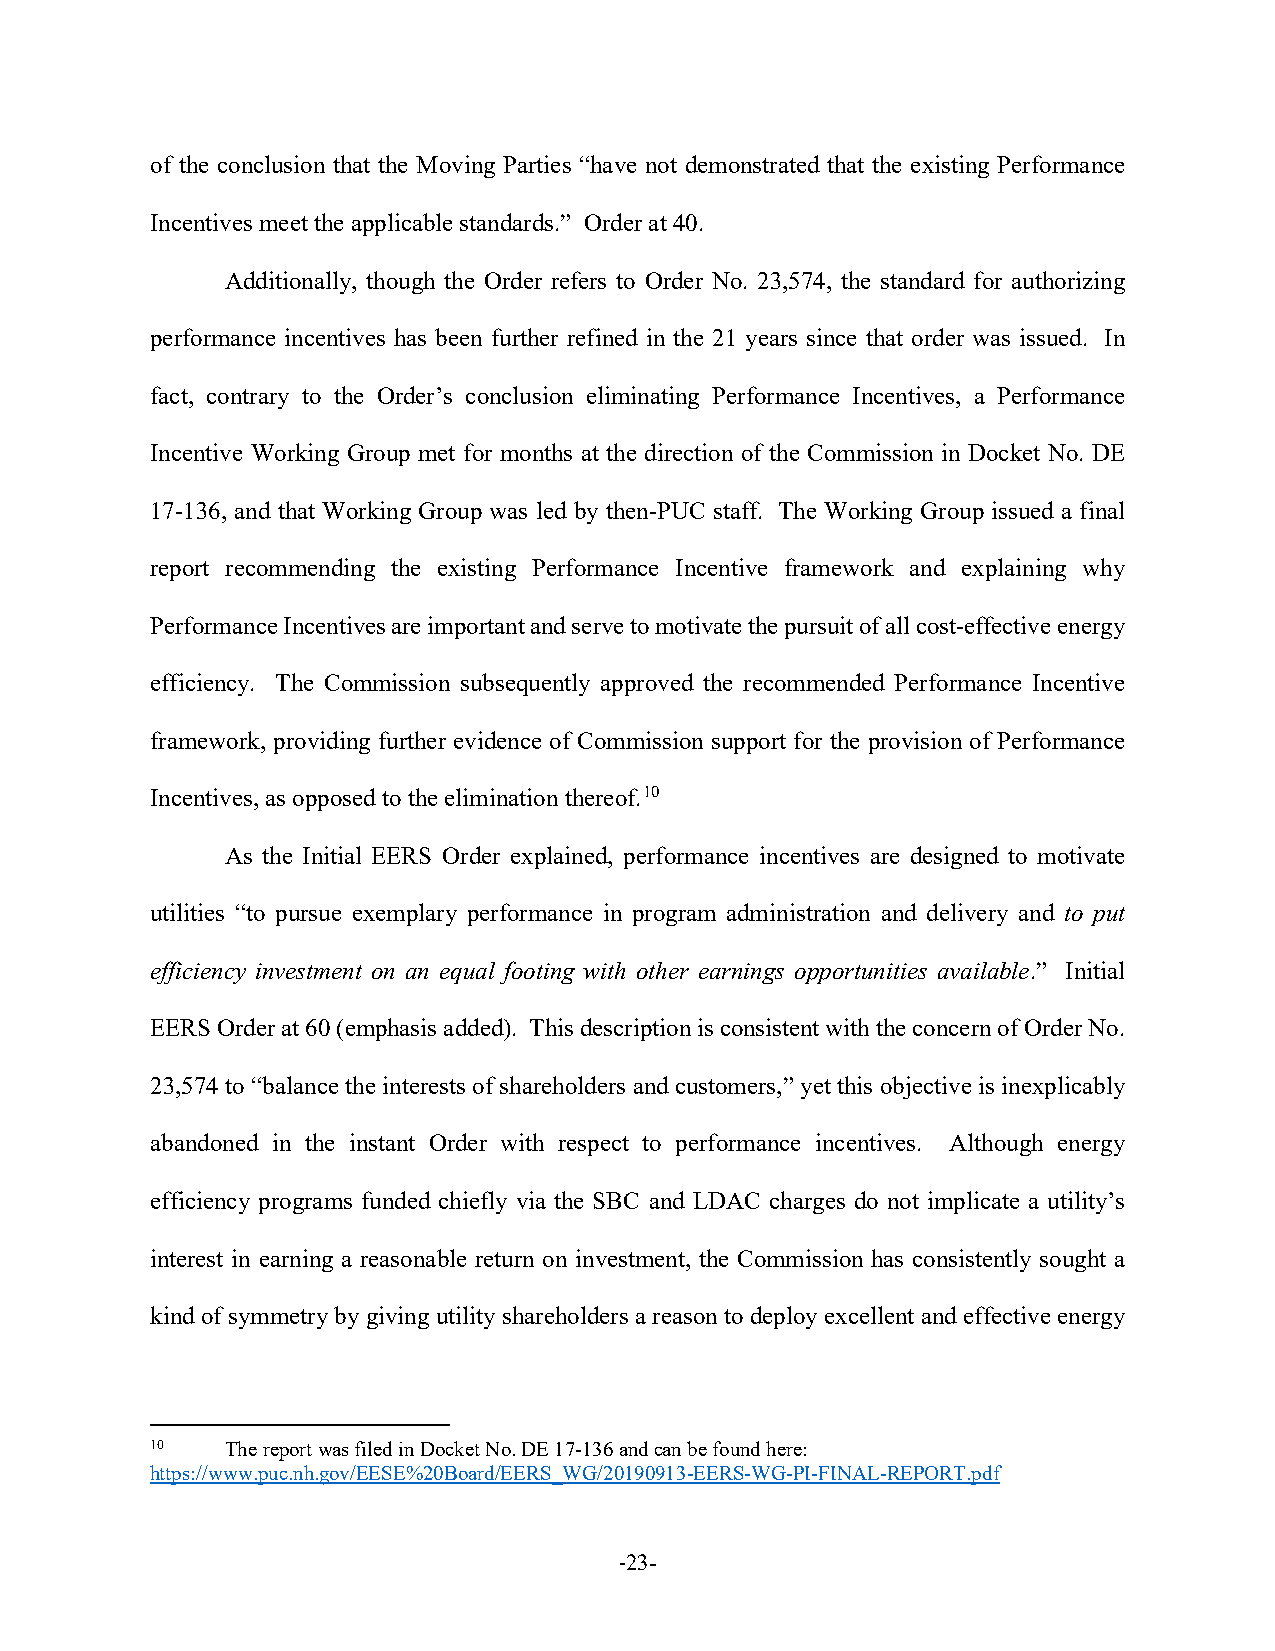
of the conclusion that the Moving Parties “have not demonstrated that the existing Performance
 Incentives meet the applicable standards.” Order at 40.
 Additionally, though the Order refers to Order No. 23,574, the standard for authorizing
 performance incentives has been further refined in the 21 years since that order was issued. In
 fact, contrary to the Order’s conclusion eliminating Performance Incentives, a Performance
 Incentive Working Group met for months at the direction of the Commission in Docket No. DE
 17-136, and that Working Group was led by then-PUC staff. The Working Group issued a final
 report recommending the existing Performance Incentive framework and explaining why
 Performance Incentives are important and serve to motivate the pursuit of all cost-effective energy
 efficiency. The Commission subsequently approved the recommended Performance Incentive
 framework, providing further evidence of Commission support for the provision of Performance
 Incentives, as opposed to the elimination thereof.10
 As the Initial EERS Order explained, performance incentives are designed to motivate
 utilities “to pursue exemplary performance in program administration and delivery and to put
 efficiency investment on an equal footing with other earnings opportunities available.” Initial
 EERS Order at 60 (emphasis added). This description is consistent with the concern of Order No.
 23,574 to “balance the interests of shareholders and customers,” yet this objective is inexplicably
 abandoned in the instant Order with respect to performance incentives. Although energy
 efficiency programs funded chiefly via the SBC and LDAC charges do not implicate a utility’s
 interest in earning a reasonable return on investment, the Commission has consistently sought a
 kind of symmetry by giving utility shareholders a reason to deploy excellent and effective energy
 10   The report was filed in Docket No. DE 17-136 and can be found here:
 https://www.puc.nh.gov/EESE%20Board/EERS_WG/20190913-EERS-WG-PI-FINAL-REPORT.pdf
 -23-